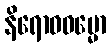
နိရောဓဓမ္မော